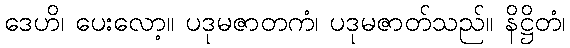
ဒေဟိ၊ ပေးလော့။ ပဒုမဇာတကံ၊ ပဒုမဇာတ်သည်။ နိဋ္ဌိတံ၊